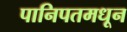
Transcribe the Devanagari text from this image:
पानिपतमधून